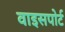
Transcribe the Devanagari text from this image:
वाइसपोर्ट